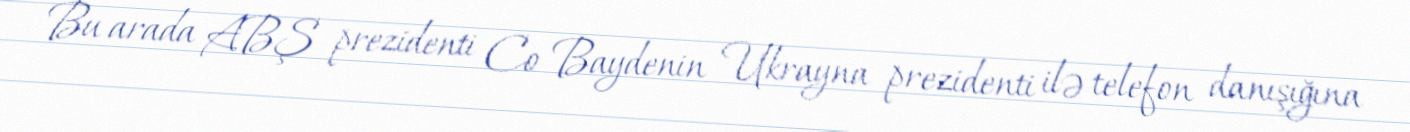
Bu arada ABŞ prezidenti Co Baydenin Ukrayna prezidenti ilə telefon danışığına